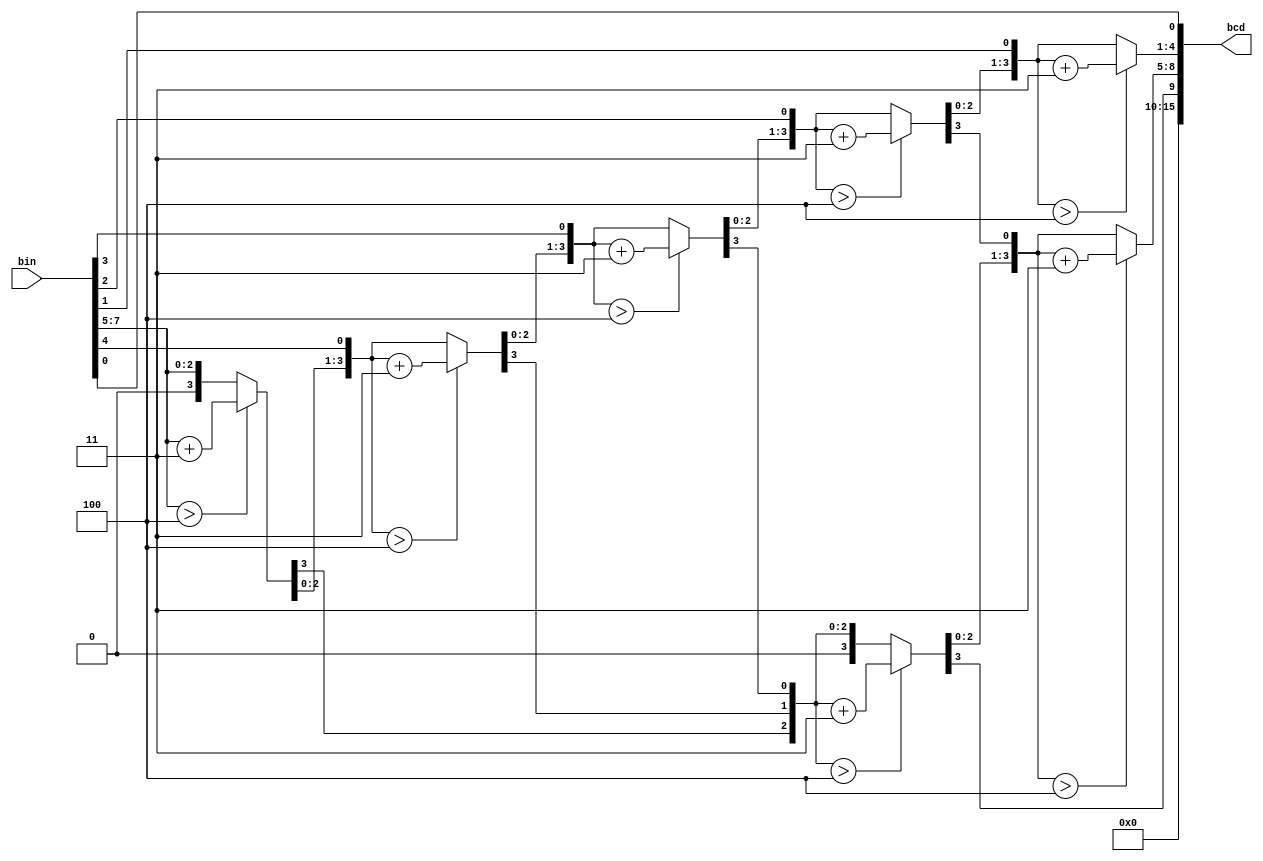
module Hex2Dec(
	input [7:0] bin, output reg [15:0] bcd = 0
);
	integer i,j;
	always @(bin) begin
		for(i = 0; i <= 9; i = i+1) bcd[i] = 0;     // initialize with zeros
		bcd[7:0] = bin[7:0];                                   // initialize with input vector
		for(i = 0; i <= 4; i = i+1)                       // iterate on structure depth
			for(j = 0; j <= i/3; j = j+1)                     // iterate on structure width
				if (bcd[8-i+4*j -: 4] > 4)                      // if > 4
					bcd[8-i+4*j -: 4] = bcd[8-i+4*j -: 4] + 4'd3; // add 3
		bcd[15:10] = 0;
		end
	endmodule